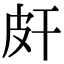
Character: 皯